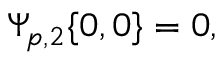
\Psi _ { p , 2 } \{ 0 , 0 \} = 0 ,